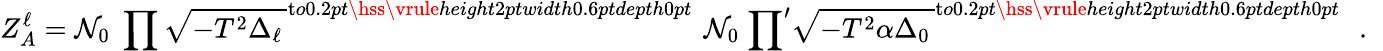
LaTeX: Z_{A}^{\ell}={\cal N}_{0}\; \prod\sqrt{{-T^{2}\Delta_{\ell}}\, }^{\mathrm{t}o0.2pt{\hss\vrule height2ptwidth0.6ptdepth0pt}\; \! }\; {\cal N}_{0}\; {\prod}^{\prime}\sqrt{{-T^{2}\alpha\Delta_{0}}\, }^{\mathrm{t}o0.2pt{\hss\vrule height2ptwidth0.6ptdepth0pt}\; \! }\; \; .\; \;